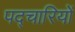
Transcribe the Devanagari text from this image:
पद्चारियों